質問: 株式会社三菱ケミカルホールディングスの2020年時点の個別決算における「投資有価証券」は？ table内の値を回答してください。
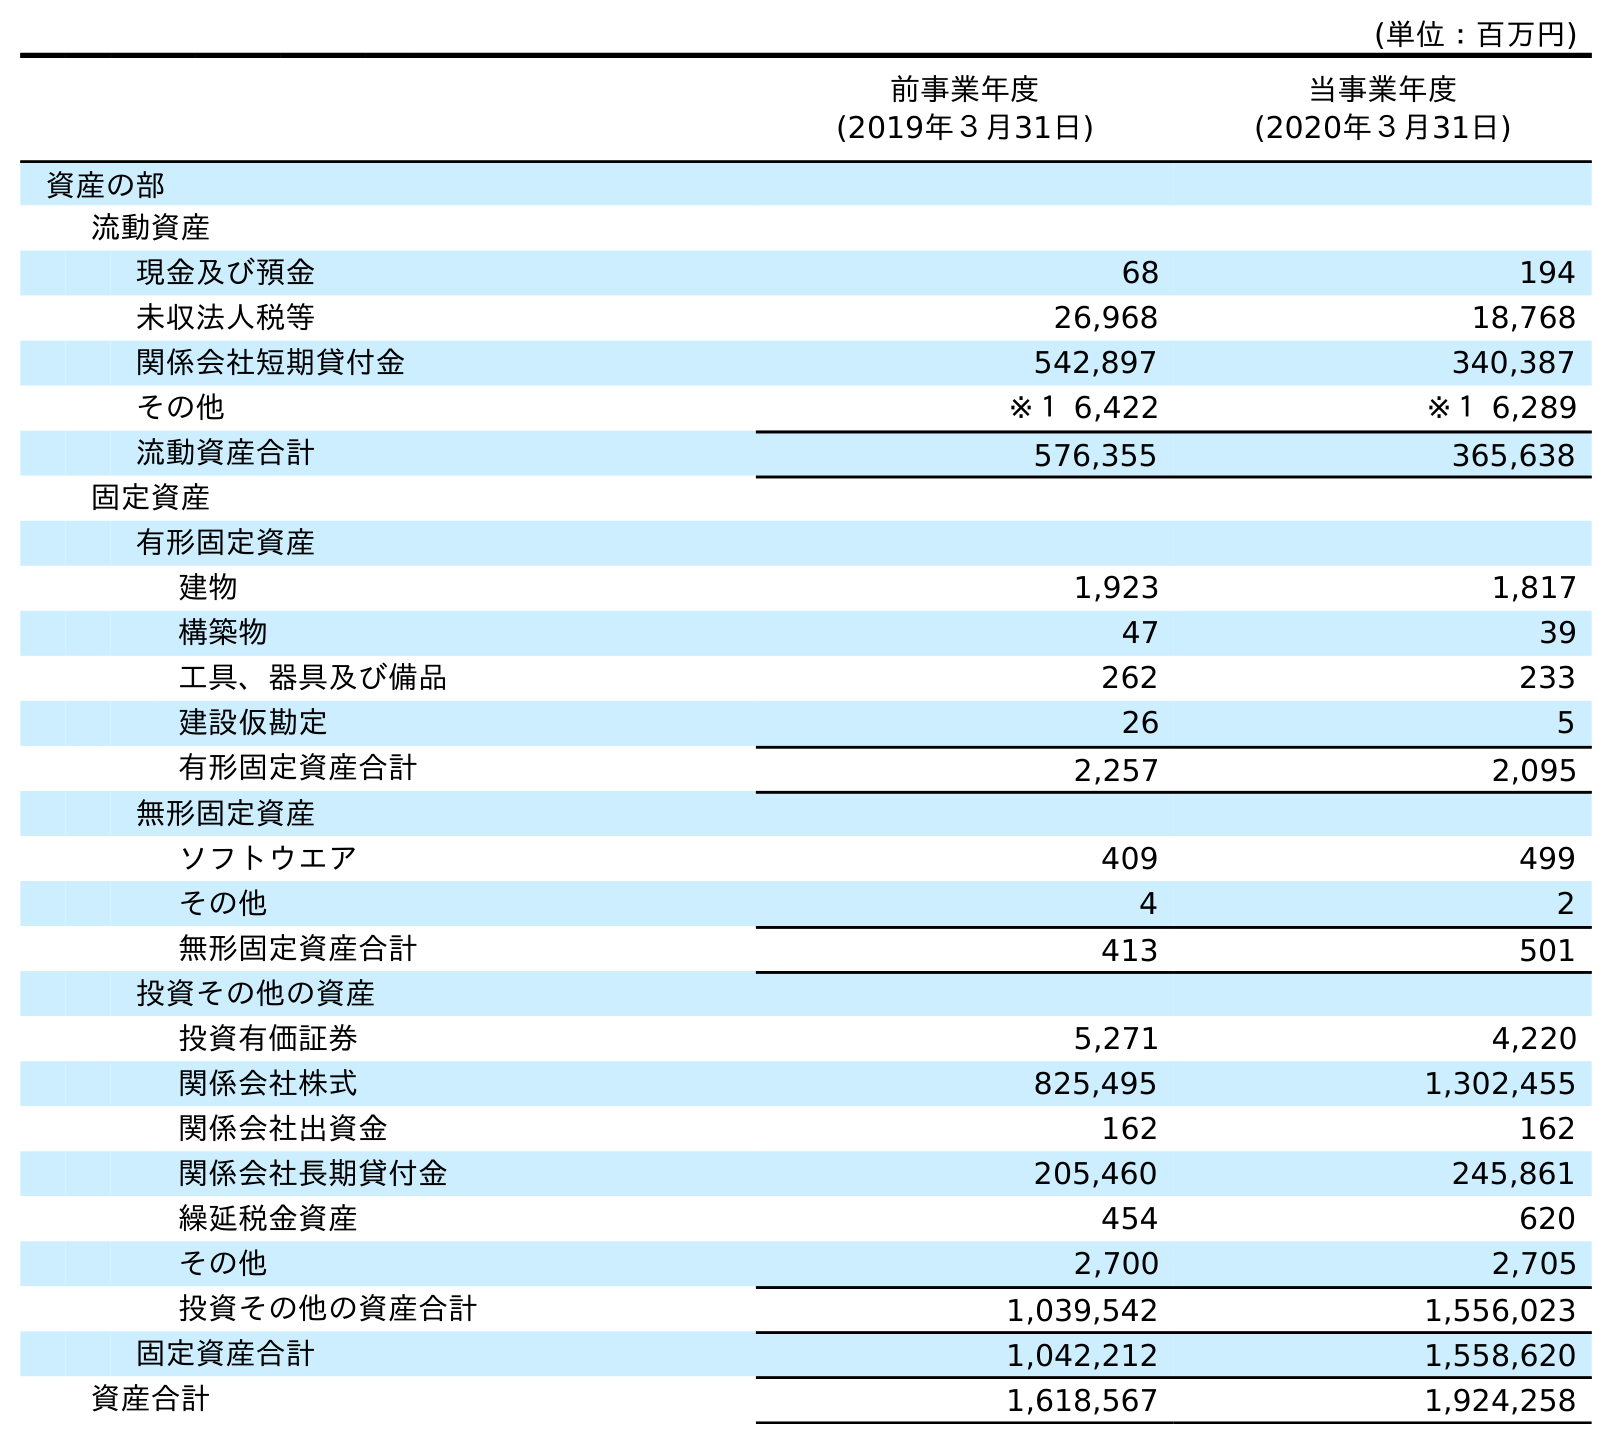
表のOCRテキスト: (単位：百万円) 前事業年度 (2019年３月31日) 当事業年度 (2020年３月31日) 資産の部 流動資産 現金及び預金 68 194 未収法人税等 26,968 18,768 関係会社短期貸付金 542,897 340,387 その他 ※１ 6,422 ※１ 6,289 流動資産合計 576,355 365,638 固定資産 有形固定資産 建物 1,923 1,817 構築物 47 39 工具、器具及び備品 262 233 建設仮勘定 26 5 有形固定資産合計 2,257 2,095 無形固定資産 ソフトウエア 409 499 その他 4 2 無形固定資産合計 413 501 投資その他の資産 投資有価証券 5,271 4,220 関係会社株式 825,495 1,302,455 関係会社出資金 162 162 関係会社長期貸付金 205,460 245,861 繰延税金資産 454 620 その他 2,700 2,705 投資その他の資産合計 1,039,542 1,556,023 固定資産合計 1,042,212 1,558,620 資産合計 1,618,567 1,924,258
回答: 4,220